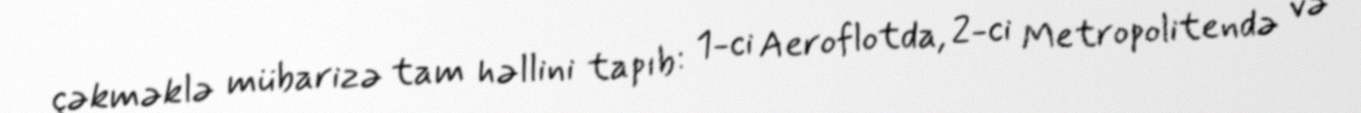
çəkməklə mübarizə tam həllini tapıb: 1-ci Aeroflotda, 2-ci Metropolitendə və